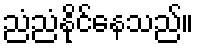
ညံညံနိုင်နေသည်။